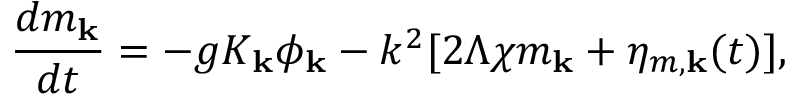
\frac { d m _ { \mathbf { k } } } { d t } = - g K _ { \mathbf { k } } \phi _ { \mathbf { k } } - k ^ { 2 } [ 2 \Lambda \chi m _ { \mathbf { k } } + \eta _ { m , \mathbf { k } } ( t ) ] ,